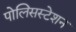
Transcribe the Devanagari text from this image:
पोलिसस्टेशन